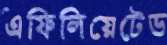
এফিলিয়েটেড